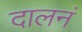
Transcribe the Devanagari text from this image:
दालनं